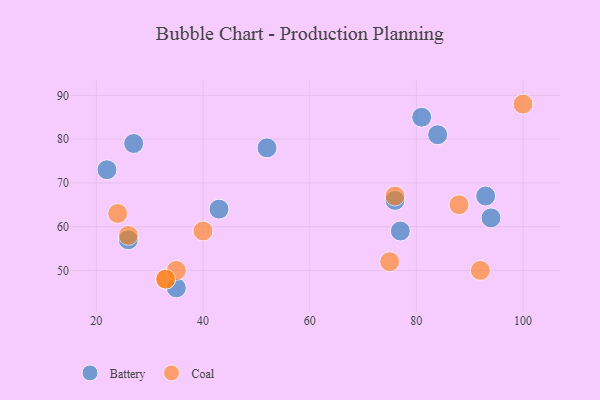
{"axis": {"x": "GDP", "y": "Life Expectancy"}, "legend": ["Battery", "Coal"], "data": [{"x": "22", "y": 73, "type": "Battery"}, {"x": "84", "y": 81, "type": "Battery"}, {"x": "27", "y": 79, "type": "Battery"}, {"x": "93", "y": 67, "type": "Battery"}, {"x": "77", "y": 59, "type": "Battery"}, {"x": "43", "y": 64, "type": "Battery"}, {"x": "35", "y": 46, "type": "Battery"}, {"x": "94", "y": 62, "type": "Battery"}, {"x": "81", "y": 85, "type": "Battery"}, {"x": "26", "y": 57, "type": "Battery"}, {"x": "52", "y": 78, "type": "Battery"}, {"x": "76", "y": 66, "type": "Battery"}, {"x": "40", "y": 59, "type": "Coal"}, {"x": "33", "y": 48, "type": "Coal"}, {"x": "26", "y": 58, "type": "Coal"}, {"x": "24", "y": 63, "type": "Coal"}, {"x": "75", "y": 52, "type": "Coal"}, {"x": "88", "y": 65, "type": "Coal"}, {"x": "76", "y": 67, "type": "Coal"}, {"x": "35", "y": 50, "type": "Coal"}, {"x": "100", "y": 88, "type": "Coal"}, {"x": "33", "y": 48, "type": "Coal"}, {"x": "92", "y": 50, "type": "Coal"}]}